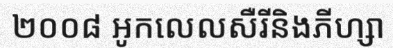
២០០៨ អូកលេលសឺរីនិងភីហ្សា